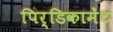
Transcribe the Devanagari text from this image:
पिर्डिकामेंट